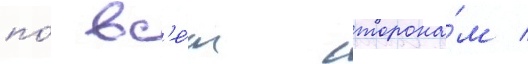
по́ вс'е́м сторона́м /